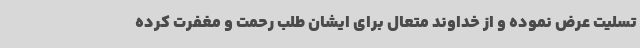
تسلیت عرض نموده و از خداوند متعال برای ایشان طلب رحمت و مغفرت کرده